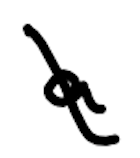
Text: a
Cross-out: diagonal
Writing tool: digital_black